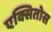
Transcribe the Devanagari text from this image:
एक्सितोस